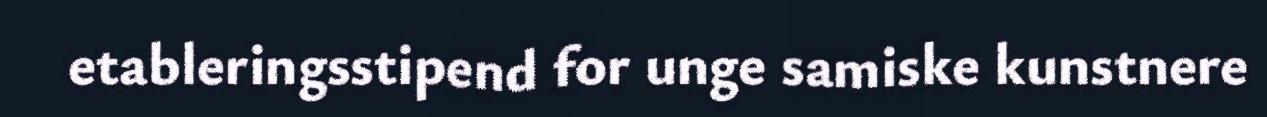
etableringsstipend for unge samiske kunstnere